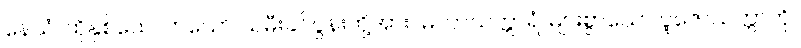
နေသံ၊ ထိုနှစ်ယောက်သော သမီးခင်ပွန်းတို့အား။ မဟာသက္ကာရံ၊ များစွာသော ပူဇော်သက္ကာကို။